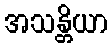
အသန္တိယာ